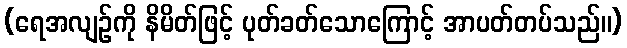
(ရေအလျဉ်ကို နိမိတ်ဖြင့် ပုတ်ခတ်သောကြောင့် အာပတ်တပ်သည်။)